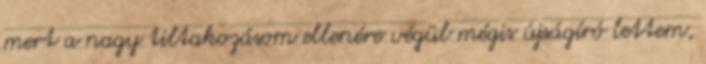
mert a nagy tiltakozásom ellenére végül mégis újságíró lettem,